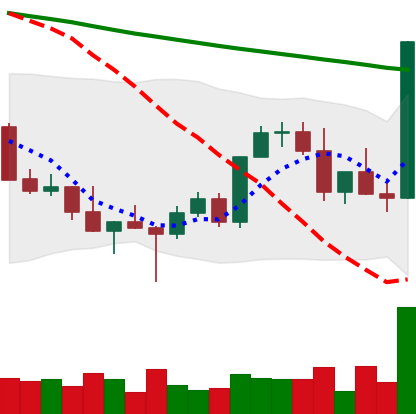
Ticker: XMR-USD
Chart end date: 2022-03-08
Forward return: -13.999%
Label: down_7plus